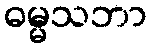
ဓမ္မသဘာ